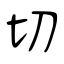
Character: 切